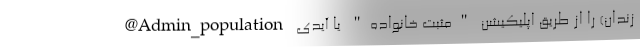
زندان) را از طریق اپلیکیشن "مثبت خانواده" یا آیدی Admin_population@